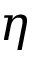
\eta